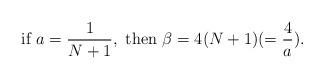
LaTeX: \begin{align*}\mbox{if } a = \frac{1}{N+1}, \mbox{ then } \beta=4(N+1)(=\frac{4}{a}).\end{align*}